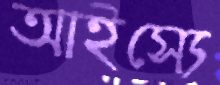
আইস্যে